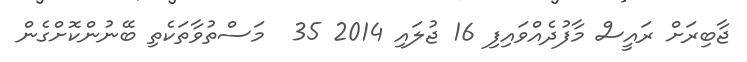
ޖާބިރަށް ރައީސް މާފުދެއްވައިފި 16 ޖުލައި 2014 35  މަސްތުވާތަކެތި ބޭނުންކޮށްގެން